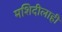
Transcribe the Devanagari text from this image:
मशिदीलाही